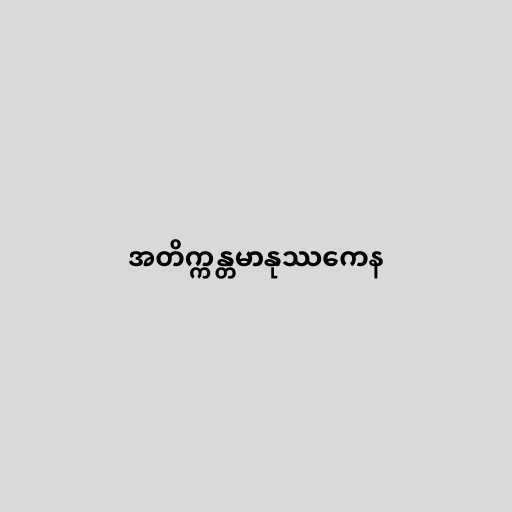
အတိက္ကန္တမာနုဿကေန